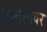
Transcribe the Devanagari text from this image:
विदेशावर